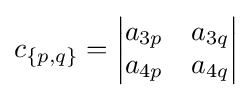
c_{\{p,q\}}={\begin{vmatrix}a_{3p}&a_{3q}\\a_{4p}&a_{4q}\end{vmatrix}}